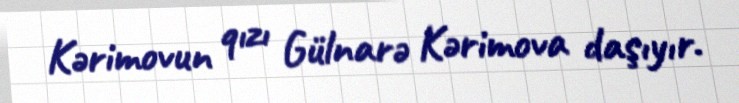
Kərimovun qızı Gülnarə Kərimova daşıyır.